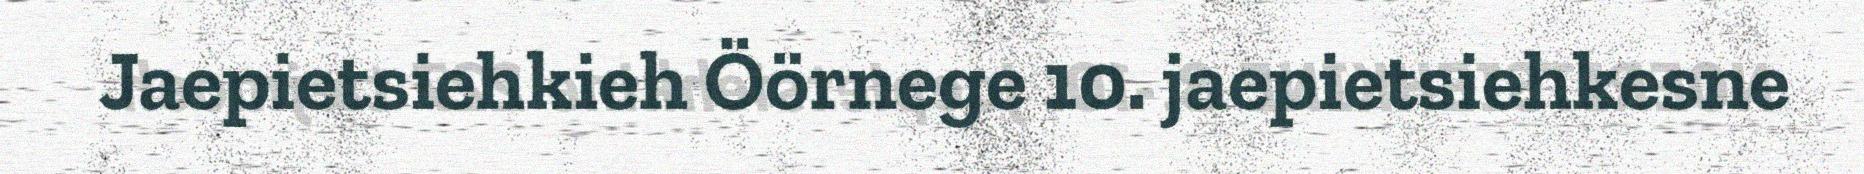
Jaepietsiehkieh Öörnege 10. jaepietsiehkesne